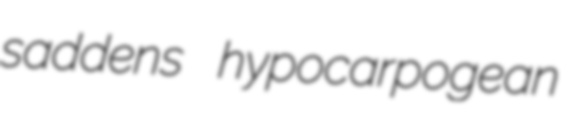
saddens hypocarpogean